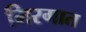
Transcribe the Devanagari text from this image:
मिरगात